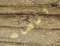
ومضات